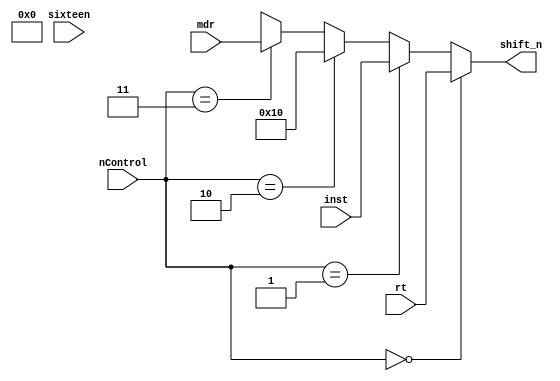
module mux_shift_n(
    input wire [1:0] nControl,
    input wire [4:0] rt, inst, sixteen, mdr,
    output wire [4:0] shift_n
);
    assign sixteen = 5'd16;
    assign shift_n = (nControl == 2'b00) ?  rt:
                     (nControl == 2'b01) ?  inst:
                     (nControl == 2'b10) ?  sixteen:
                     (nControl == 2'b11) ?  mdr:
                     1'bX;


endmodule